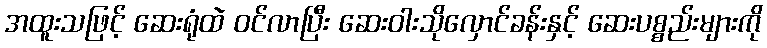
အထူးသဖြင့် ဆေးရုံထဲ ဝင်လာပြီး ဆေးဝါးသိုလှောင်ခန်းနှင့် ဆေးပစ္စည်းများကို